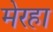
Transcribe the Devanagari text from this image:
मेरहा